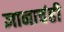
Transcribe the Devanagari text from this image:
ज्ञानाचंही